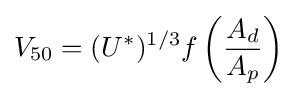
V_{50}=(U^{*})^{1/3}f\left({\frac {A_{d}}{A_{p}}}\right)